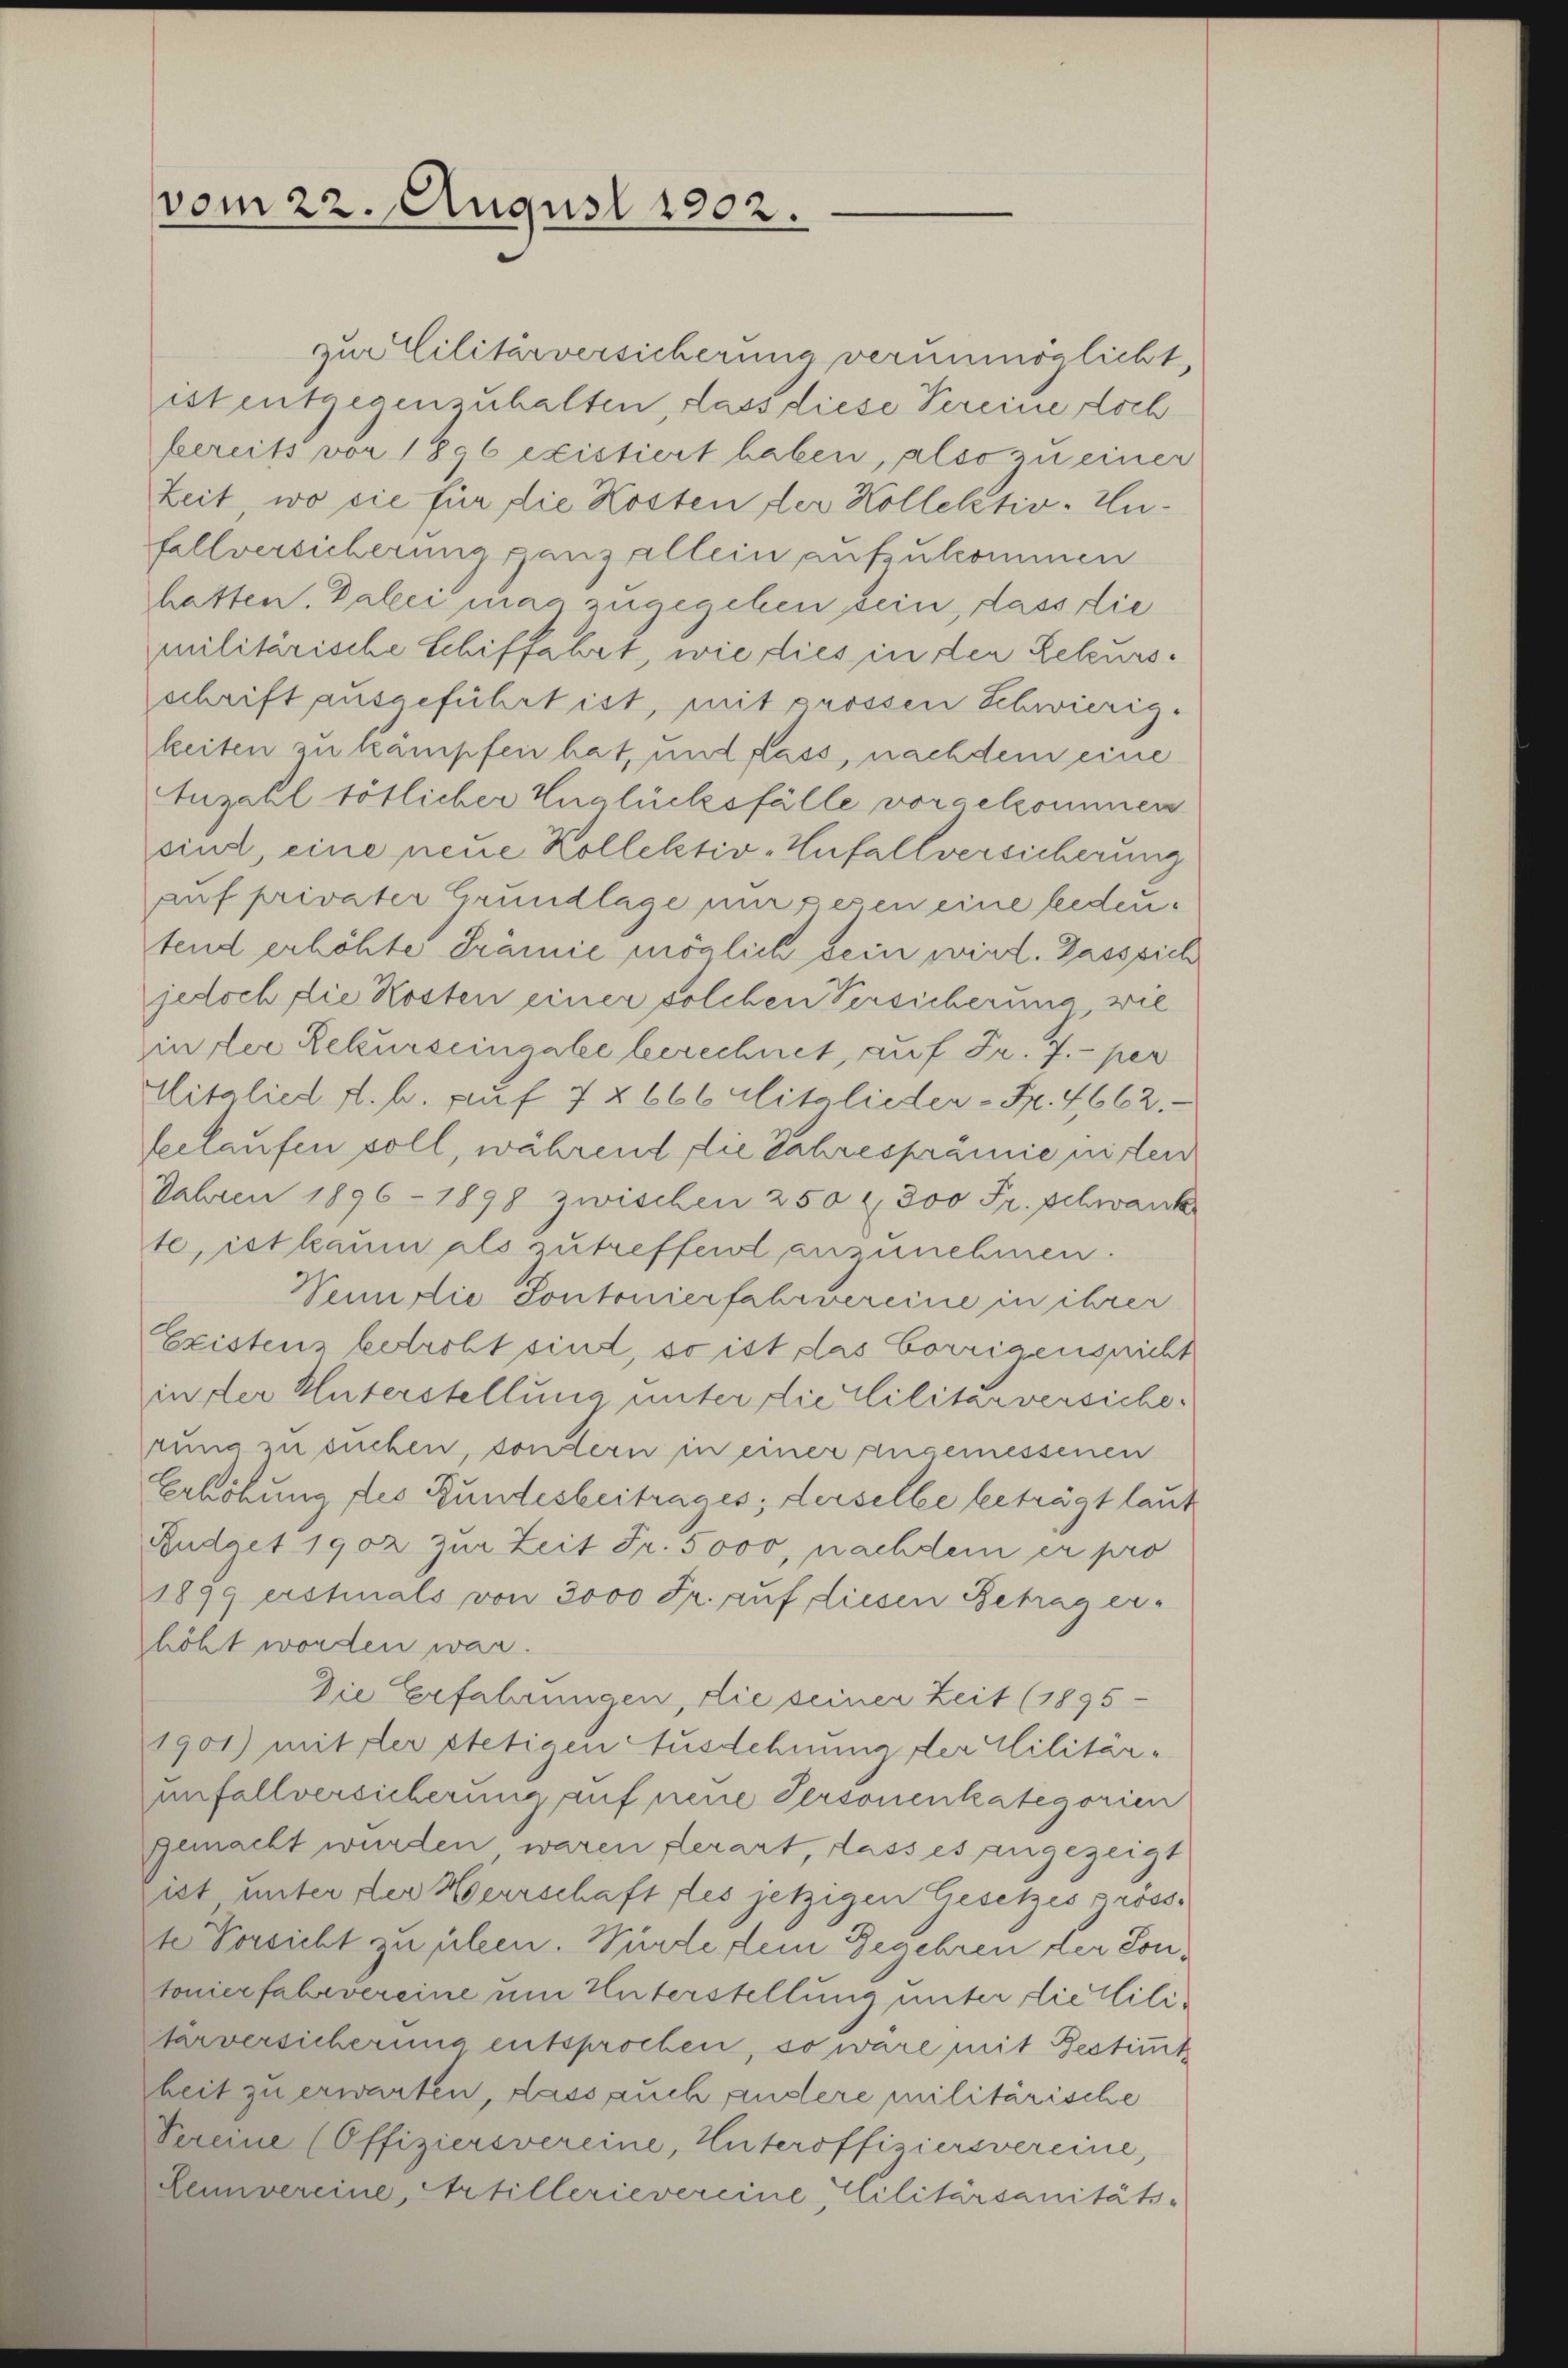
vom 22. August 1902.

zu Militärversicherung verunmöglicht,
ist entgegenzuhalten, lass diese Vereine Loch
bereits vor 1896 existiert haben, also zu einer
Zeit, wo sie für die Kosten der Kollektiv-Infallversicherung ganz allein aufzukommen
hatten. Dabei mag zugegeben sein, dass die
militärische Schiffahrt, wie dies in der Rekursschrift ausgeführt ist, mit prossen Schwierig-
keiten zu kämpfen hat, und dass, nachdem eine
Anzahl tötlicher Unglücksfälle vorgekommen
sind, eine neue Kollektiv-Unfallversicherung
auf privater Grundlage mir resen eine bedeutend erhöhte Prämie möglich sein wird. Dass sich
jedoch die Kosten einer solchen Versicherung wie
in der Rekurseingabe berechnet, auf Fr. 7.- per
Mitglied d. h. auf 7 § 666 Mitglieder - Fr. 4662.
belaufen soll, während die Jahresprämie niten
Fahren 1896 - 1898 zwischen 250 f 300 Fr. Schwank
te, ist kaum als zutreffet anzunehmen.
Senilie Pontonierfahrvereine in ihrer
Existens betroft sind, so ist das Corrigensricht
in der Unterstellung unter die lilitar versiche-
rung zu suchen, sontern in einer zugemessenen
Erhöhung des Bundesbeitrages; derselbe beträgt laut
Budget 1902 zur Zeit Fr. 5000, nachdem er pro
1899 erstinals von 3000 Fr. auf diesen Betrag er-
höht worden war.
Die Erfahrungen, die seiner Zeit (1895
1901) mit der stetigen Ausdehnung der Militär-
unfallversicherung auf neue Personenkategorien
gemacht wurden waren derart, dass es angezeigt
ist unter der Heerschaft des jetzigen Gesetzes gröss-
2te Vorsicht zu üben. Würde dein Begehren der Sontonierfahrvereine um Unterstellung unter die Militarversicherung entsprochen, so wäre mit Gestimmt
heit zu erwarten, dass auch andere militärische
Vereine (Offiziersvereine, Unteroffiziersvereine,
Leimvereine, Artillerievereine Militärsanitäts-